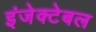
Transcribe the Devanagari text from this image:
इंजेक्टेबल